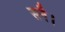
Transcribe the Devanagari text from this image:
सनै।